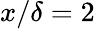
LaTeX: x/\delta=2